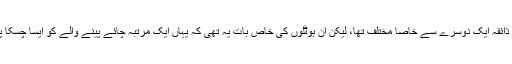
ویسے تو ایرانی اور ملباری ہوٹلوں کی چائے کا ذائقہ ایک دوسرے سے خاصا مختلف تھا، لیکن ان ہوٹلوں کی خاص بات یہ تھی کہ یہاں ایک مرتبہ چائے پینے والے کو ایسا چسکا پڑتا کہ وہ پھرکسی دوسرے ہوٹل کا رخ نہ کرتا۔